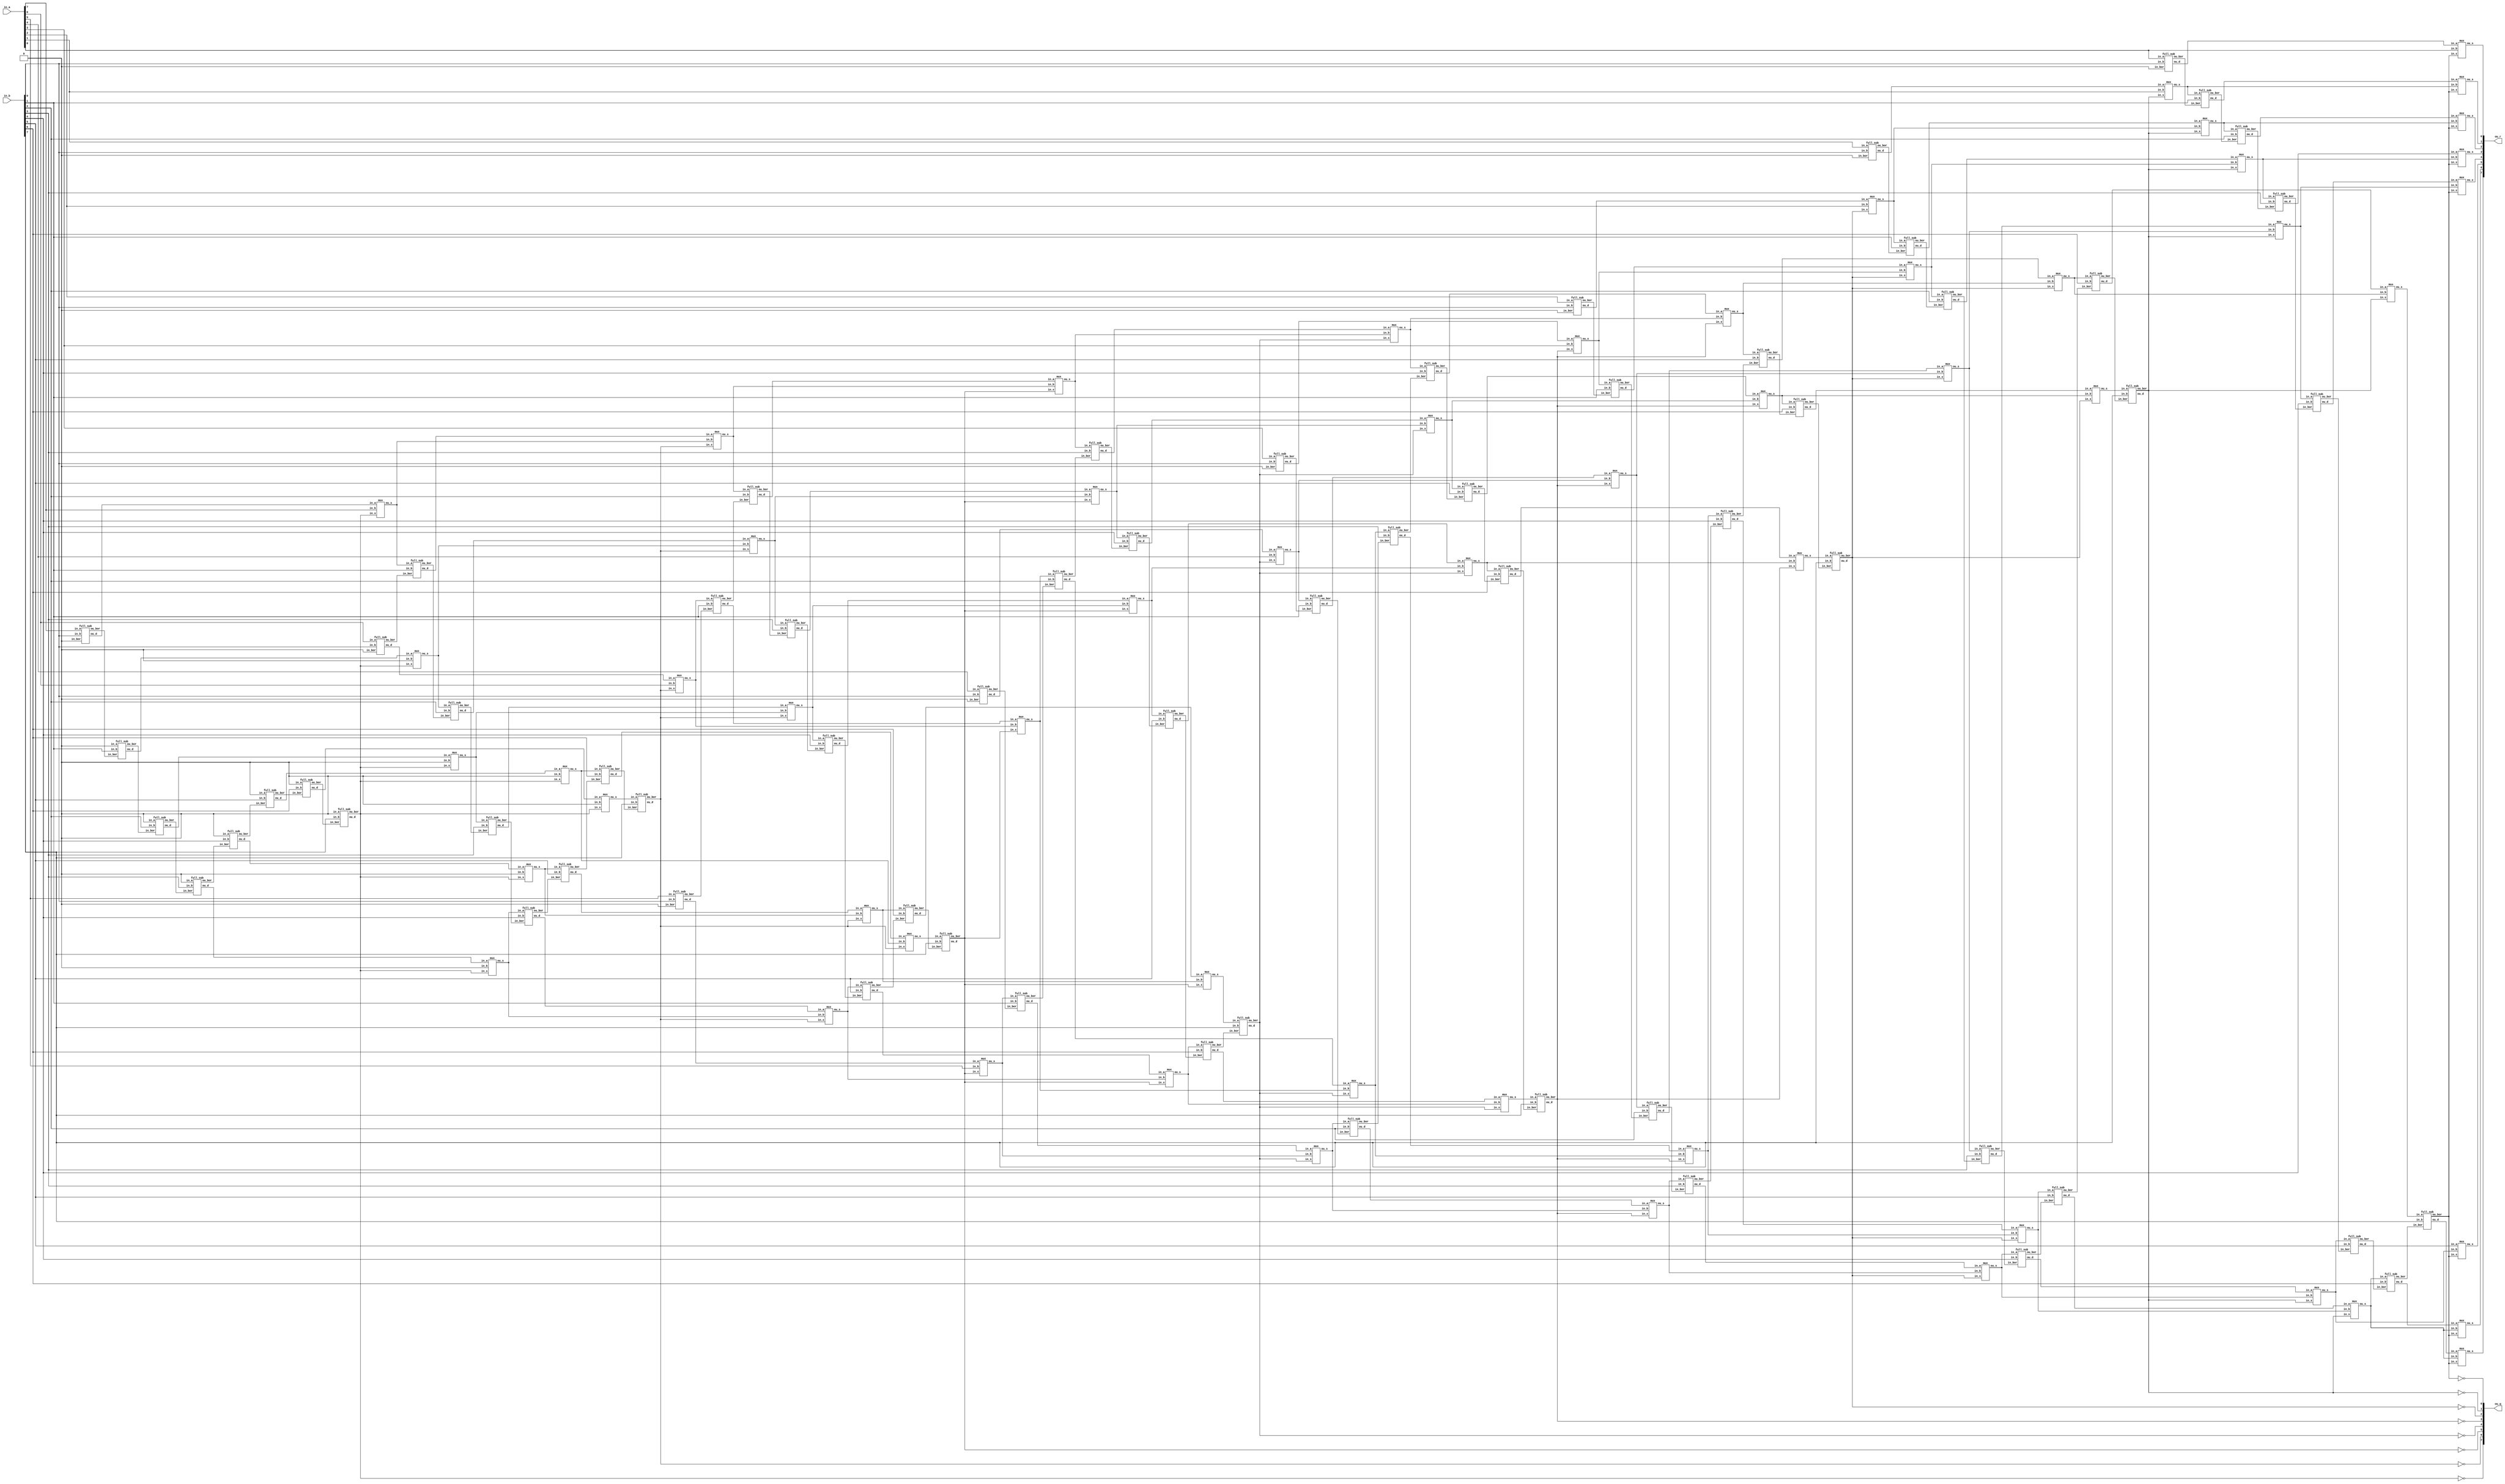
module divider_8b (in_a, in_b, ou_r, ou_q);
	input [7:0] in_a, in_b;
	output[7:0] ou_r, ou_q;
	
	wire [7:0] bouA, bouB, bouC, bouD, bouE, bouF, bouG, bouH, subA, subB, subC, subD, subE, subF, subG, subH, muxH;
	wire [6:0] muxA, muxB, muxC, muxD, muxE, muxF, muxG;
	
	full_sub fA0(in_a[7],in_b[0], 1'b0   , bouA[0], subA[0]);
	full_sub fA1(1'b0   ,in_b[1], bouA[0], bouA[1], subA[1]);
	full_sub fA2(1'b0   ,in_b[2], bouA[1], bouA[2], subA[2]);
	full_sub fA3(1'b0   ,in_b[3], bouA[2], bouA[3], subA[3]);
	full_sub fA4(1'b0   ,in_b[4], bouA[3], bouA[4], subA[4]);
	full_sub fA5(1'b0   ,in_b[5], bouA[4], bouA[5], subA[5]);
	full_sub fA6(1'b0   ,in_b[6], bouA[5], bouA[6], subA[6]);
	full_sub fA7(1'b0   ,in_b[7], bouA[6], bouA[7], subA[7]);
	
	mux muxA_0(subA[0], in_a[7], bouA[7], muxA[0]);
	mux muxA_1(subA[1], 1'b0   , bouA[7], muxA[1]);
	mux muxA_2(subA[2], 1'b0   , bouA[7], muxA[2]);
	mux muxA_3(subA[3], 1'b0   , bouA[7], muxA[3]);
	mux muxA_4(subA[4], 1'b0   , bouA[7], muxA[4]);
	mux muxA_5(subA[5], 1'b0   , bouA[7], muxA[5]);
	mux muxA_6(subA[6], 1'b0   , bouA[7], muxA[6]);
	
	full_sub fB0(in_a[6], in_b[0],1'b0    , bouB[0], subB[0]);
	full_sub fB1(muxA[0], in_b[1], bouB[0], bouB[1], subB[1]); 
	full_sub fB2(muxA[1], in_b[2], bouB[1], bouB[2], subB[2]); 
	full_sub fB3(muxA[2], in_b[3], bouB[2], bouB[3], subB[3]); 
	full_sub fB4(muxA[3], in_b[4], bouB[3], bouB[4], subB[4]); 
	full_sub fB5(muxA[4], in_b[5], bouB[4], bouB[5], subB[5]); 
	full_sub fB6(muxA[5], in_b[6], bouB[5], bouB[6], subB[6]); 
	full_sub fB7(muxA[6], in_b[7], bouB[6], bouB[7], subB[7]); 
	
	mux muxB_0(subB[0], in_a[6], bouB[7], muxB[0]); 
	mux muxB_1(subB[1], muxA[0], bouB[7], muxB[1]);
	mux muxB_2(subB[2], muxA[1], bouB[7], muxB[2]);
	mux muxB_3(subB[3], muxA[2], bouB[7], muxB[3]);
	mux muxB_4(subB[4], muxA[3], bouB[7], muxB[4]);
	mux muxB_5(subB[5], muxA[4], bouB[7], muxB[5]);
	mux muxB_6(subB[6], muxA[5], bouB[7], muxB[6]);
	
	full_sub fC0(in_a[5], in_b[0],1'b0    , bouC[0], subC[0]);
	full_sub fC1(muxB[0], in_b[1], bouC[0], bouC[1], subC[1]); 
	full_sub fC2(muxB[1], in_b[2], bouC[1], bouC[2], subC[2]); 
	full_sub fC3(muxB[2], in_b[3], bouC[2], bouC[3], subC[3]); 
	full_sub fC4(muxB[3], in_b[4], bouC[3], bouC[4], subC[4]); 
	full_sub fC5(muxB[4], in_b[5], bouC[4], bouC[5], subC[5]); 
	full_sub fC6(muxB[5], in_b[6], bouC[5], bouC[6], subC[6]); 
	full_sub fC7(muxB[6], in_b[7], bouC[6], bouC[7], subC[7]);
	
	mux muxC_0(subC[0], in_a[5], bouC[7], muxC[0]); 
	mux muxC_1(subC[1], muxB[0], bouC[7], muxC[1]);
	mux muxC_2(subC[2], muxB[1], bouC[7], muxC[2]);
	mux muxC_3(subC[3], muxB[2], bouC[7], muxC[3]);
	mux muxC_4(subC[4], muxB[3], bouC[7], muxC[4]);
	mux muxC_5(subC[5], muxB[4], bouC[7], muxC[5]);
	mux muxC_6(subC[6], muxB[5], bouC[7], muxC[6]);
	
	full_sub fD0(in_a[4], in_b[0],1'b0    , bouD[0], subD[0]);
	full_sub fD1(muxC[0], in_b[1], bouD[0], bouD[1], subD[1]); 
	full_sub fD2(muxC[1], in_b[2], bouD[1], bouD[2], subD[2]); 
	full_sub fD3(muxC[2], in_b[3], bouD[2], bouD[3], subD[3]); 
	full_sub fD4(muxC[3], in_b[4], bouD[3], bouD[4], subD[4]); 
	full_sub fD5(muxC[4], in_b[5], bouD[4], bouD[5], subD[5]); 
	full_sub fD6(muxC[5], in_b[6], bouD[5], bouD[6], subD[6]); 
	full_sub fD7(muxC[6], in_b[7], bouD[6], bouD[7], subD[7]);
	
	mux muxD_0(subD[0], in_a[4], bouD[7], muxD[0]); 
	mux muxD_1(subD[1], muxC[0], bouD[7], muxD[1]);
	mux muxD_2(subD[2], muxC[1], bouD[7], muxD[2]);
	mux muxD_3(subD[3], muxC[2], bouD[7], muxD[3]);
	mux muxD_4(subD[4], muxC[3], bouD[7], muxD[4]);
	mux muxD_5(subD[5], muxC[4], bouD[7], muxD[5]);
	mux muxD_6(subD[6], muxC[5], bouD[7], muxD[6]);
	
	full_sub fE0(in_a[3], in_b[0],1'b0    , bouE[0], subE[0]);
	full_sub fE1(muxD[0], in_b[1], bouE[0], bouE[1], subE[1]); 
	full_sub fE2(muxD[1], in_b[2], bouE[1], bouE[2], subE[2]); 
	full_sub fE3(muxD[2], in_b[3], bouE[2], bouE[3], subE[3]); 
	full_sub fE4(muxD[3], in_b[4], bouE[3], bouE[4], subE[4]); 
	full_sub fE5(muxD[4], in_b[5], bouE[4], bouE[5], subE[5]); 
	full_sub fE6(muxD[5], in_b[6], bouE[5], bouE[6], subE[6]); 
	full_sub fE7(muxD[6], in_b[7], bouE[6], bouE[7], subE[7]);
	
	mux muxE_0(subE[0], in_a[3], bouE[7], muxE[0]); 
	mux muxE_1(subE[1], muxD[0], bouE[7], muxE[1]);
	mux muxE_2(subE[2], muxD[1], bouE[7], muxE[2]);
	mux muxE_3(subE[3], muxD[2], bouE[7], muxE[3]);
	mux muxE_4(subE[4], muxD[3], bouE[7], muxE[4]);
	mux muxE_5(subE[5], muxD[4], bouE[7], muxE[5]);
	mux muxE_6(subE[6], muxD[5], bouE[7], muxE[6]);
	
	full_sub fF0(in_a[2], in_b[0],1'b0    , bouF[0], subF[0]);
	full_sub fF1(muxE[0], in_b[1], bouF[0], bouF[1], subF[1]); 
	full_sub fF2(muxE[1], in_b[2], bouF[1], bouF[2], subF[2]); 
	full_sub fF3(muxE[2], in_b[3], bouF[2], bouF[3], subF[3]); 
	full_sub fF4(muxE[3], in_b[4], bouF[3], bouF[4], subF[4]); 
	full_sub fF5(muxE[4], in_b[5], bouF[4], bouF[5], subF[5]); 
	full_sub fF6(muxE[5], in_b[6], bouF[5], bouF[6], subF[6]); 
	full_sub fF7(muxE[6], in_b[7], bouF[6], bouF[7], subF[7]);
	
	mux muxF_0(subF[0], in_a[2], bouF[7], muxF[0]); 
	mux muxF_1(subF[1], muxE[0], bouF[7], muxF[1]);
	mux muxF_2(subF[2], muxE[1], bouF[7], muxF[2]);
	mux muxF_3(subF[3], muxE[2], bouF[7], muxF[3]);
	mux muxF_4(subF[4], muxE[3], bouF[7], muxF[4]);
	mux muxF_5(subF[5], muxE[4], bouF[7], muxF[5]);
	mux muxF_6(subF[6], muxE[5], bouF[7], muxF[6]);
	
	full_sub fG0(in_a[1], in_b[0],1'b0    , bouG[0], subG[0]);
	full_sub fG1(muxF[0], in_b[1], bouG[0], bouG[1], subG[1]); 
	full_sub fG2(muxF[1], in_b[2], bouG[1], bouG[2], subG[2]); 
	full_sub fG3(muxF[2], in_b[3], bouG[2], bouG[3], subG[3]); 
	full_sub fG4(muxF[3], in_b[4], bouG[3], bouG[4], subG[4]); 
	full_sub fG5(muxF[4], in_b[5], bouG[4], bouG[5], subG[5]); 
	full_sub fG6(muxF[5], in_b[6], bouG[5], bouG[6], subG[6]); 
	full_sub fG7(muxF[6], in_b[7], bouG[6], bouG[7], subG[7]);
	
	mux muxG_0(subG[0], in_a[1], bouG[7], muxG[0]); 
	mux muxG_1(subG[1], muxF[0], bouG[7], muxG[1]);
	mux muxG_2(subG[2], muxF[1], bouG[7], muxG[2]);
	mux muxG_3(subG[3], muxF[2], bouG[7], muxG[3]);
	mux muxG_4(subG[4], muxF[3], bouG[7], muxG[4]);
	mux muxG_5(subG[5], muxF[4], bouG[7], muxG[5]);
	mux muxG_6(subG[6], muxF[5], bouG[7], muxG[6]);
	
	full_sub fH0(in_a[0], in_b[0],1'b0    , bouH[0], subH[0]);
	full_sub fH1(muxG[0], in_b[1], bouH[0], bouH[1], subH[1]); 
	full_sub fH2(muxG[1], in_b[2], bouH[1], bouH[2], subH[2]); 
	full_sub fH3(muxG[2], in_b[3], bouH[2], bouH[3], subH[3]); 
	full_sub fH4(muxG[3], in_b[4], bouH[3], bouH[4], subH[4]); 
	full_sub fH5(muxG[4], in_b[5], bouH[4], bouH[5], subH[5]); 
	full_sub fH6(muxG[5], in_b[6], bouH[5], bouH[6], subH[6]); 
	full_sub fH7(muxG[6], in_b[7], bouH[6], bouH[7], subH[7]);
	
	mux muxH_0(subH[0], in_a[0], bouH[7], muxH[0]); 
	mux muxH_1(subH[1], muxG[0], bouH[7], muxH[1]);
	mux muxH_2(subH[2], muxG[1], bouH[7], muxH[2]);
	mux muxH_3(subH[3], muxG[2], bouH[7], muxH[3]);
	mux muxH_4(subH[4], muxG[3], bouH[7], muxH[4]);
	mux muxH_5(subH[5], muxG[4], bouH[7], muxH[5]);
	mux muxH_6(subH[6], muxG[5], bouH[7], muxH[6]);
	mux muxH_7(subH[7], muxG[5], bouH[7], muxH[7]);
	
	assign ou_r[7] = muxH[7];
	assign ou_r[6] = muxH[6];
	assign ou_r[5] = muxH[5];
	assign ou_r[4] = muxH[4];
	assign ou_r[3] = muxH[3];
	assign ou_r[2] = muxH[2];
	assign ou_r[1] = muxH[1];
	assign ou_r[0] = muxH[0];
	
	assign ou_q[7] = ~bouA[7];
	assign ou_q[6] = ~bouB[7];
	assign ou_q[5] = ~bouC[7];
	assign ou_q[4] = ~bouD[7];
	assign ou_q[3] = ~bouE[7];
	assign ou_q[2] = ~bouF[7];
	assign ou_q[1] = ~bouG[7];
	assign ou_q[0] = ~bouH[7];
	
endmodule 
	
	
module divider_4b (in_a, in_b, ou_r, ou_q);
	input [3:0] in_a, in_b;
	output[3:0] ou_r, ou_q;
	
	wire [3:0] bouA, bouB, bouC, bouD, subA, subB, subC, subD, muxF;
	wire [2:0] muxA, muxB, muxC;
	
	full_sub fA0(in_a[3], in_b[0], 1'b0   , bouA[0], subA[0]); 
	full_sub fA1(1'b0   , in_b[1], bouA[0], bouA[1], subA[1]);
	full_sub fA2(1'b0   , in_b[2], bouA[1], bouA[2], subA[2]);
	full_sub fA3(1'b0   , in_b[3], bouA[2], bouA[3], subA[3]);
	
	mux mux1_0(subA[0], in_a[3], bouA[3], muxA[0]);
	mux mux1_1(subA[1], 1'b0   , bouA[3], muxA[1]);
	mux mux1_2(subA[2], 1'b0   , bouA[3], muxA[2]);
	
	full_sub fB0(in_a[2], in_b[0], 1'b0   , bouB[0], subB[0]);
	full_sub fB1(muxA[0], in_b[1], bouB[0], bouB[1], subB[1]);
	full_sub fB2(muxA[1], in_b[2], bouB[1], bouB[2], subB[2]);
	full_sub fB3(muxA[2], in_b[3], bouB[2], bouB[3], subB[3]);
	
	mux mux2_0(subB[0], in_a[2], bouB[3], muxB[0]);
	mux mux2_1(subB[1], muxA[0], bouB[3], muxB[1]);
	mux mux2_2(subB[2], muxA[1], bouB[3], muxB[2]);
	
	full_sub fC0(in_a[1], in_b[0], 1'b0   , bouC[0], subC[0]);
	full_sub fC1(muxB[0], in_b[1], bouC[0], bouC[1], subC[1]);
	full_sub fC2(muxB[1], in_b[2], bouC[1], bouC[2], subC[2]);
	full_sub fC3(muxB[2], in_b[3], bouC[2], bouC[3], subC[3]);
	
	mux mux3_0(subC[0], in_a[1], bouC[3], muxC[0]);
	mux mux3_1(subC[1], muxB[0], bouC[3], muxC[1]);
	mux mux3_2(subC[2], muxB[1], bouC[3], muxC[2]);
	
	full_sub fD0(in_a[0], in_b[0], 1'b0   , bouD[0], subD[0]);
	full_sub fD1(muxC[0], in_b[1], bouD[0], bouD[1], subD[1]);
	full_sub fD2(muxC[1], in_b[2], bouD[1], bouD[2], subD[2]);
	full_sub fD3(muxC[2], in_b[3], bouD[2], bouD[3], subD[3]);
	
	mux muxF_0(subD[0], in_a[0], bouD[3], muxF[0]);
	mux muxF_1(subD[1], muxC[0], bouD[3], muxF[1]);
	mux muxF_2(subD[2], muxC[1], bouD[3], muxF[2]);
	mux muxF_3(subD[3], muxC[2], bouD[3], muxF[3]);
	
	assign ou_r[3] = muxF[3];
	assign ou_r[2] = muxF[2];
	assign ou_r[1] = muxF[1];
	assign ou_r[0] = muxF[0];
	
	assign ou_q[3] = ~bouA[3];
	assign ou_q[2] = ~bouB[3];
	assign ou_q[1] = ~bouC[3];
	assign ou_q[0] = ~bouD[3];

endmodule	

module full_sub(in_a, in_b, in_bor, ou_bor, ou_d);
	input in_a, in_b, in_bor;
	output  ou_bor, ou_d;
	
	assign ou_d = (in_a ^ in_b) ^ in_bor;
	assign ou_bor = ((in_a ~^ in_b) & in_bor) | (~in_a & in_b);
	
endmodule 

module mux(in_a, in_b, in_s, ou_s);
	input in_a, in_b, in_s;
	output ou_s; 
	
	assign ou_s = (in_s == 1'b1)? in_b : in_a;
	
endmodule